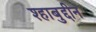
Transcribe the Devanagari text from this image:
श्हाबुद्दीन